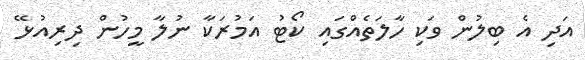
އަދި އެ ބިލުން ވަކި ހާލަތެއްގައި ކޯޓު އަމުރަކާ ނުލާ މީހުން ދިރިއުޅޭ